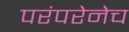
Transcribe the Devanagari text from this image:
परंपरेनेच